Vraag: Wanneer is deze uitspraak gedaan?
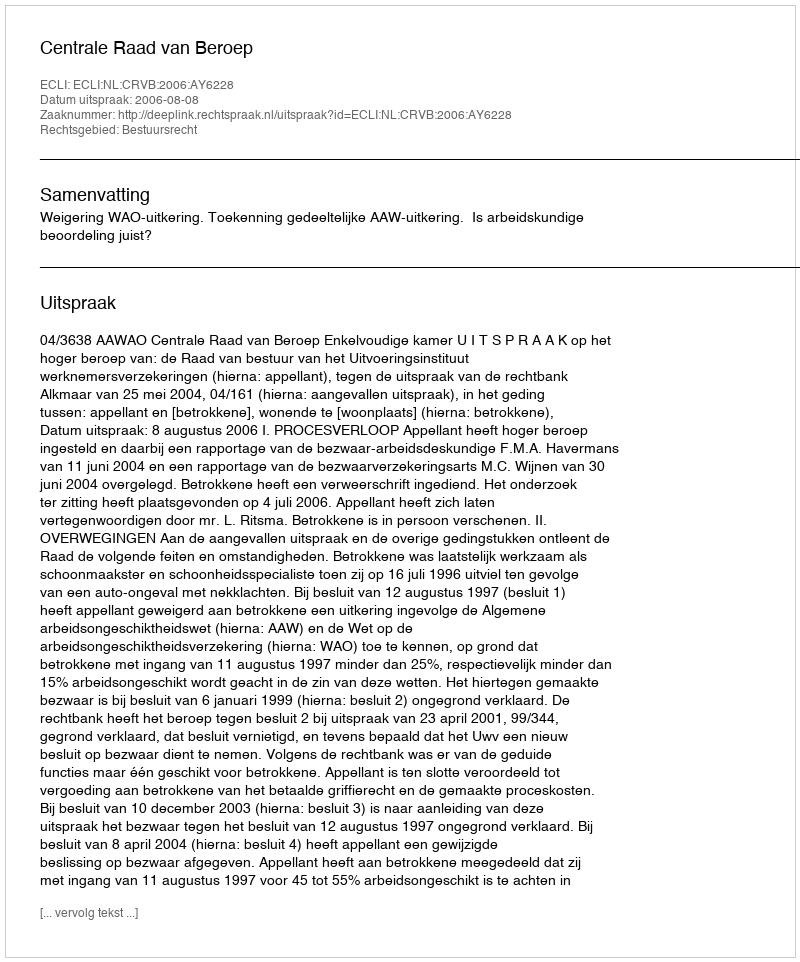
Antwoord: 2006-08-08